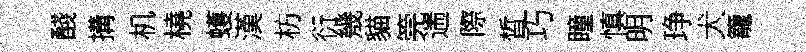
醆搆机橈蠖漢枋衍㡬貓筦遄際晳巧瞳慎明琤犬籠